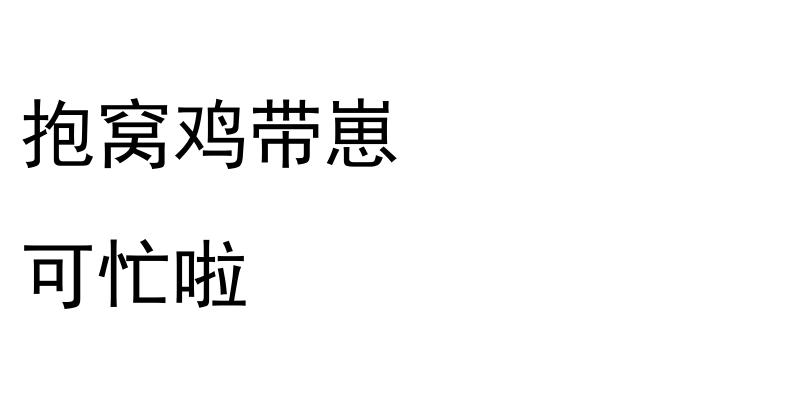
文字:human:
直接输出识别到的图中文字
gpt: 抱窝鸡带崽 可忙啦